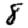
Digit: 8